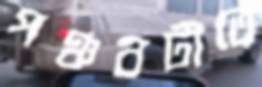
পঞ্চবটীতে